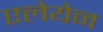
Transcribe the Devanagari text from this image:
एलेयेन